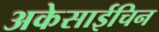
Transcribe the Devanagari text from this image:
अकेसाईचिन